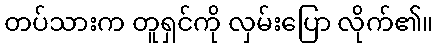
တပ်သားက တူရှင်ကို လှမ်းပြော လိုက်၏။